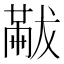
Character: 𠕯